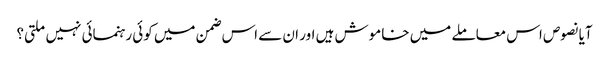
آیا نصوص اس معاملے میں خاموش ہیں اور ان سے اس ضمن میں کوئی رہنمائی نہیں ملتی؟